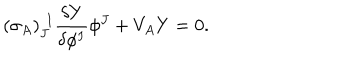
LaTeX: ( \sigma _ { A } ) _ { J } ^ { ~ ~ \! I } \frac { \delta Y } { \delta \phi ^ { I } } \phi ^ { J } + V _ { A } Y = 0 .